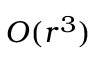
\ensuremath Ḋ \mathcal Ḋ O Ḍ Ḍ ( r ^ { 3 } )